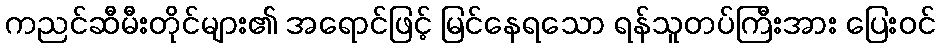
ကညင်ဆီမီးတိုင်များ၏ အရောင်ဖြင့် မြင်နေရသော ရန်သူတပ်ကြီးအား ပြေးဝင်